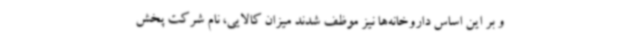
و بر این اساس داروخانه‌ها نیز موظف شدند میزان کالایی، نام شرکت پخش